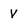
Character: V